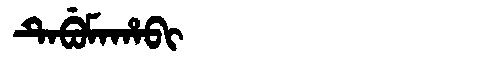
Manchu: ᡨᡝᠪᡠᠮᠠᡥᠠᠪᡳ
Romanization: TEBUMAHABI